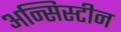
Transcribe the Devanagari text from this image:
अन्सिस्टीन